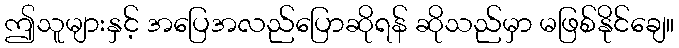
ဤသူများနှင့် အပြေအလည်ပြောဆိုရန် ဆိုသည်မှာ မဖြစ်နိုင်ချေ။